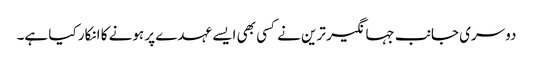
دوسری جانب جہانگیر ترین نے کسی بھی ایسے عہدے پر ہونے کا انکار کیا ہے۔